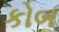
કોબ